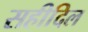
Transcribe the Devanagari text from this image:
सहीदिल